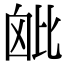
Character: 𣬈